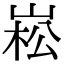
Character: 崧